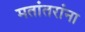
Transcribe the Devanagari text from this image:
मतांतरांना